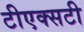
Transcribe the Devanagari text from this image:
टीएक्सटी